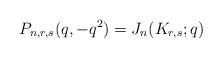
LaTeX: \begin{align*}P_{n,r,s}(q,-q^2) = J_n(K_{r,s};q)\end{align*}